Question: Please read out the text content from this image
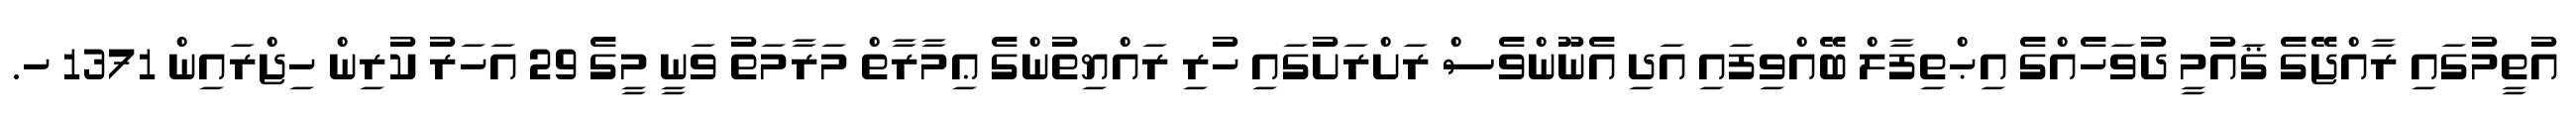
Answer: އުތީމުގައި ރާއްޖޭގެ ޤައުމީ ދުވަހެއްގެ އިޙްތިފާލް ބޭއްވިފައި އަދި އެނޫންވެސް ރަށްރަށުގައި ހުރި ރައްޔިތުންގެ ޢިމާރާތް މަރާމަތު ވަނީ މީގެ 29 އަހަރު ކުރިން ހިޖްރައިން 1371 ހ.